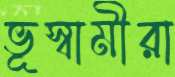
ভূস্বামীরা